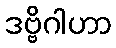
ဒဗ္ဗိဂါဟာ